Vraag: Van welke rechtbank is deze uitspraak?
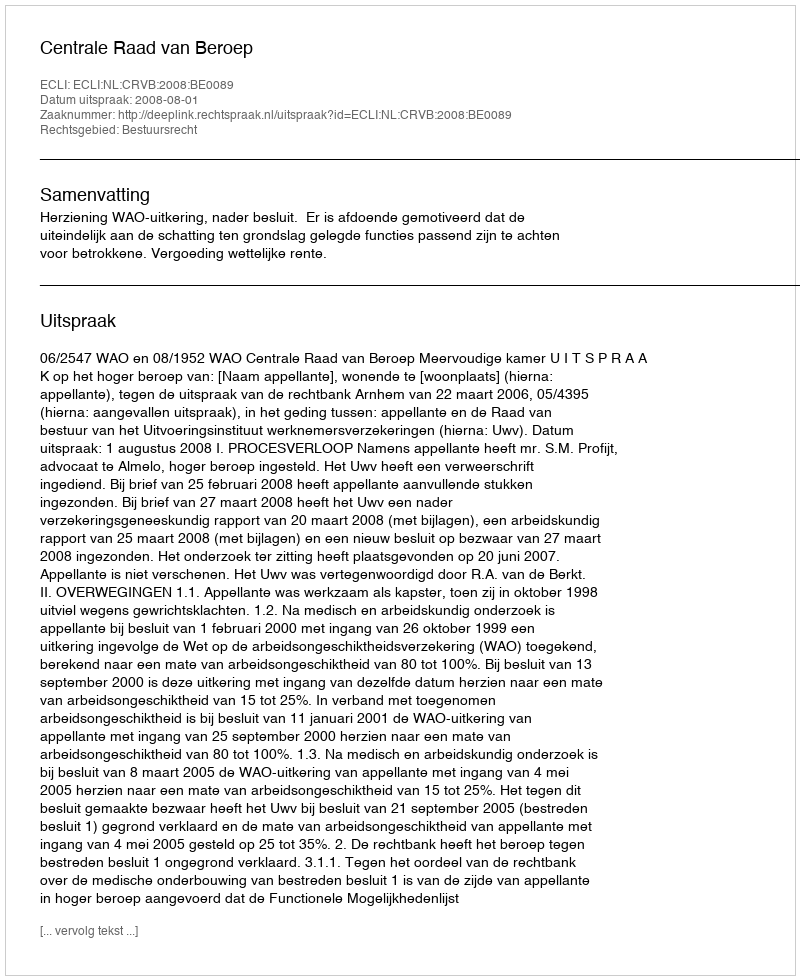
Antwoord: Centrale Raad van Beroep